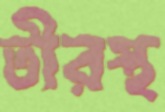
তীরস্থ